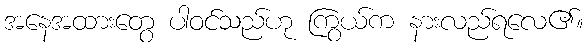
အနေအထားတွေ ပါဝင်သည်ဟု ကြွယ်က နားလည်ရလေ၏။